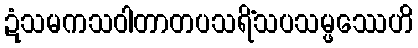
ဍံသမကသဝါတာတပသရိံသပသမ္ဖဿေဟိ